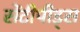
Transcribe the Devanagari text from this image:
सेंटीपीड्स